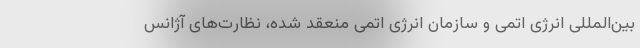
بین‌المللی انرژی اتمی و سازمان انرژی اتمی منعقد شده، نظارت‌های آژانس